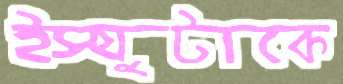
ইস্যুটাকে